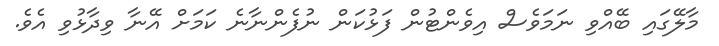
މާލޭގައި ބޭއްވި ނަމަވެސް އިވެންޓުން ފަޅުކަން ނުފެންނާނެ ކަމަށް އޭނާ ވިދާޅުވި އެވެ.